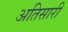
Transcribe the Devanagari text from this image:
अतिसारी